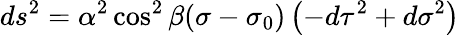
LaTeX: ds^{2}=\alpha^{2}\cos^{2}\beta(\sigma-\sigma_{0})\left(-d\tau^{2}+d\sigma^{2}\right)